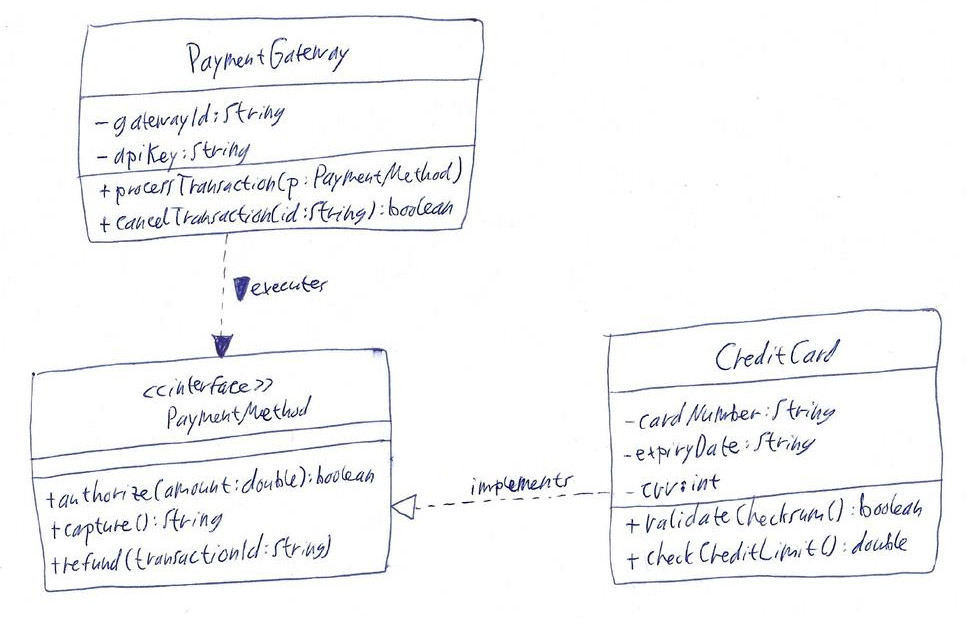
Diagram type: class_diagram
```plantuml
@startuml

interface PaymentMethod {
    + authorize(amount: double): boolean
    + capture(): String
    + refund(transactionId: String)
}

class CreditCard {
    - cardNumber: String
    - expiryDate: String
    - cvv: int
    + validateChecksum(): boolean
    + checkCreditLimit(): double
}

class PaymentGateway {
    - gatewayId: String
    - apiKey: String
    + processTransaction(p: PaymentMethod)
    + cancelTransaction(id: String): boolean
}

PaymentMethod <|.. CreditCard : implements
PaymentGateway ..> PaymentMethod : executes >

@enduml
```